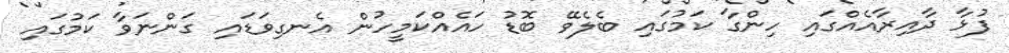
ފުޅާ ދާއިރާއެއްގައި ހިންގާ ކަމުގައި ބެލެވޭ ބޮޑު ހައެއްކަމީހުން އެނގިވަޑައި ގަންނަވާ ކަމުގައި